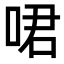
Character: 𠲰